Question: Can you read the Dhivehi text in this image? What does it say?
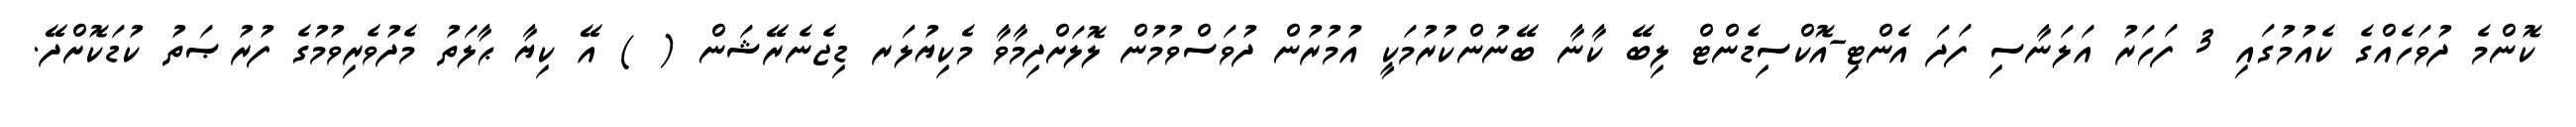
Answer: ކޮންމެ ދުވަހެއްގެ ކެއުމުގައި 3 ފަހަރު އަލަނާސި ފަދަ އެންޓި-އޮކްސިޑެންޓް ލިބޭ ކާނާ ބޭނުންކުރުމަކީ އުމުރުން ދުވަސްވުމުން ލޮލަށްދިމާވާ މެކިޔުލަރ ޑިޖެނެރޭޝަން ( ) އޭ ކިޔާ ޙާލަތު މެދުވެރިވުމުގެ ފުރުޞަތު ކުޑަކޮށްދޭ.